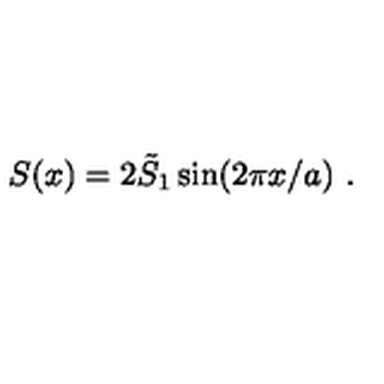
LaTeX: S ( x ) = 2 \tilde { S } _ { 1 } \sin ( 2 \pi x / a ) \ .